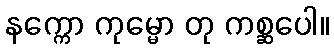
နက္ကော ကုမ္မော တု ကစ္ဆပေါ။